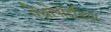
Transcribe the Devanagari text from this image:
ऐंथ्रोपोइडिया